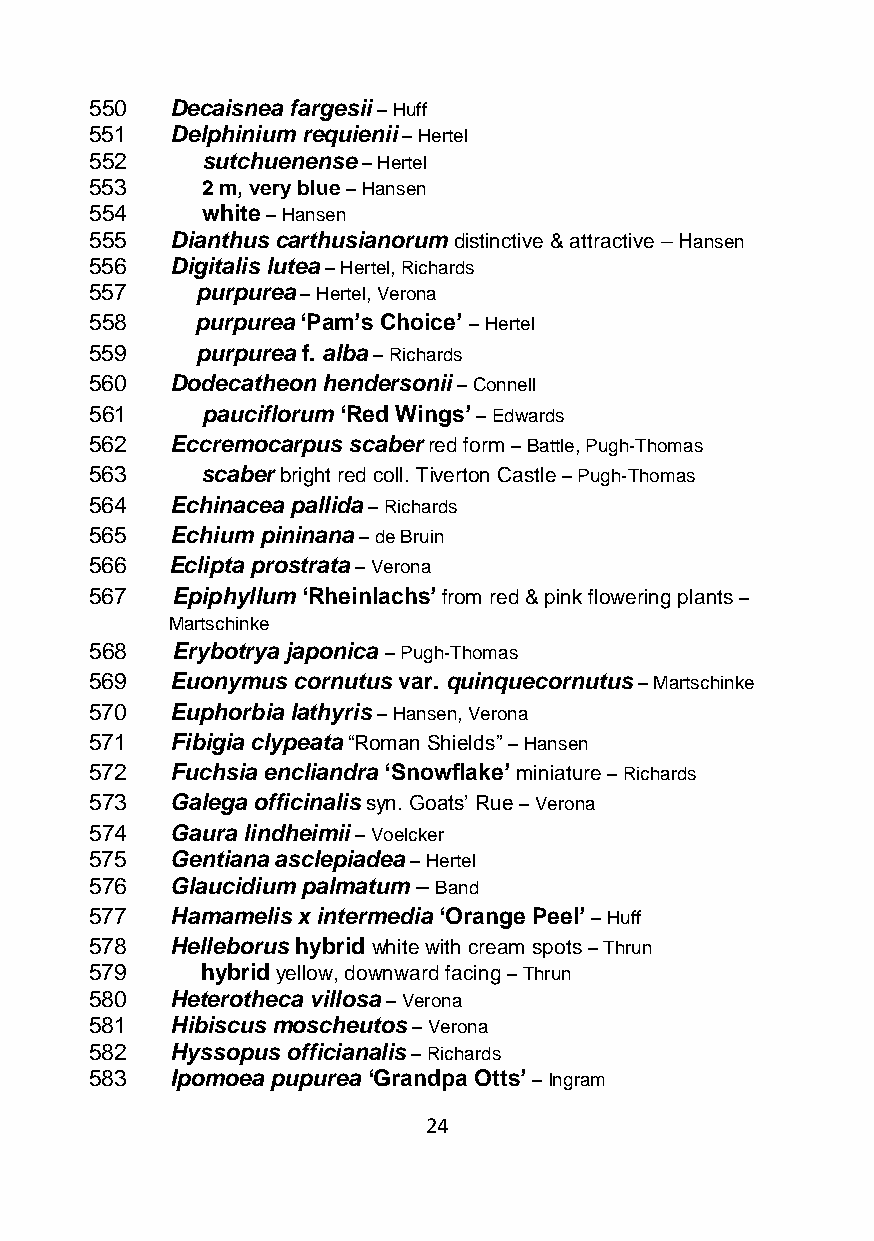
550  Decaisnea fargesii – Huff
 551  Delphinium requienii – Hertel
 552    sutchuenense – Hertel
 553    2 m, very blue – Hansen
 554    white – Hansen
 555  Dianthus carthusianorum distinctive & attractive – Hansen
 556  Digitalis lutea – Hertel, Richards
 557    purpurea – Hertel, Verona
 558    purpurea ‘Pam’s Choice’ – Hertel
 559    purpurea f. alba – Richards
 560  Dodecatheon hendersonii – Connell
 561    pauciflorum ‘Red Wings’ – Edwards
 562  Eccremocarpus scaber red form – Battle, Pugh-Thomas
 563    scaber bright red coll. Tiverton Castle – Pugh-Thomas
 564  Echinacea pallida – Richards
 565  Echium pininana – de Bruin
 566  Eclipta prostrata – Verona
 567  Epiphyllum ‘Rheinlachs’ from red & pink flowering plants –
 Martschinke
 568  Erybotrya japonica – Pugh-Thomas
 569  Euonymus cornutus var. quinquecornutus – Martschinke
 570  Euphorbia lathyris – Hansen, Verona
 571  Fibigia clypeata “Roman Shields” – Hansen
 572  Fuchsia encliandra ‘Snowflake’ miniature – Richards
 573  Galega officinalis syn. Goats’ Rue – Verona
 574  Gaura lindheimii – Voelcker
 575  Gentiana asclepiadea – Hertel
 576  Glaucidium palmatum – Band
 577  Hamamelis x intermedia ‘Orange Peel’ – Huff
 578  Helleborus hybrid white with cream spots – Thrun
 579    hybrid yellow, downward facing – Thrun
 580  Heterotheca villosa – Verona
 581  Hibiscus moscheutos – Verona
 582  Hyssopus officianalis – Richards
 583  Ipomoea pupurea ‘Grandpa Otts’ – Ingram
 24